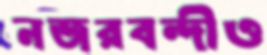
নজরবন্দীও